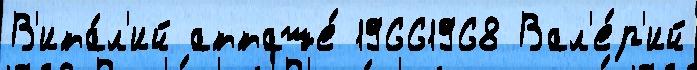
В'ита́л'ий атташе́ 19661968 Вал'е́р'ий